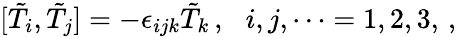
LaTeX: [\tilde{T}_{i},\tilde{T}_{j}]=-\epsilon_{ijk}\tilde{T}_{k}\, ,\, \, \, \, i,j,\cdots=1,2,3,\, ,